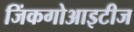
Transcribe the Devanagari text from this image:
जिंकगोआइटीज